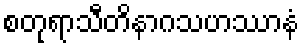
စတုရာသီတိနာဂသဟဿာနံ